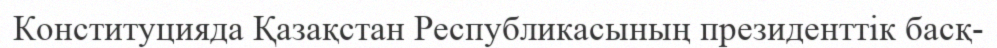
Конституцияда Қазақстан Республикасының президенттік басқ-